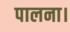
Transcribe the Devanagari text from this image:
पालना।